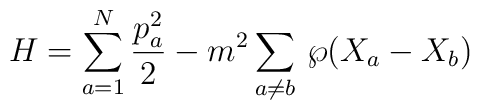
H=\sum_{a=1}^{N} \frac{p^{2}_{a}}{2} -m^2\sum_{a\neq b}\, {\wp}(X_{a}-X_{b})